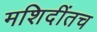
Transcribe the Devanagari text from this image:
मशिदींतच